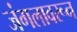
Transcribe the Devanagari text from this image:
जंगलावरून